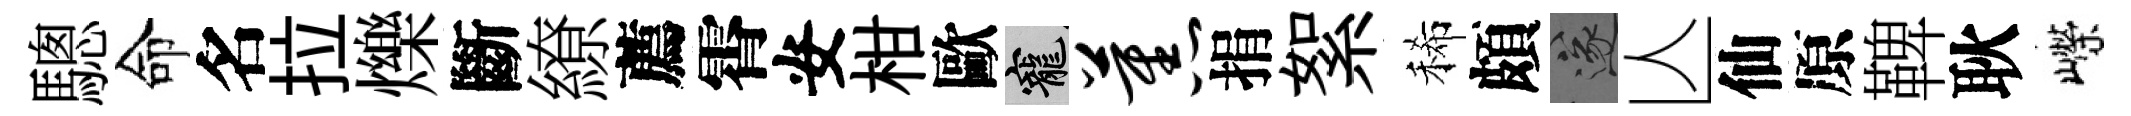
驄命名拉爍斷繚薦霄安柑歐寵蕉捐絮稀頗遂亾仙原鞞耿嶸